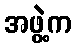
အဖွဲ့က